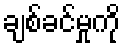
ချစ်ခင်မှုကို